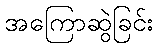
အကြောဆွဲခြင်း